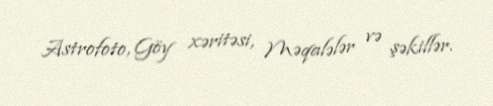
Astrofoto, Göy xəritəsi, Məqalələr və şəkillər.